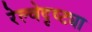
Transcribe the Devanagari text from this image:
रेल्वेदृष्ट्या